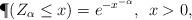
LaTeX: \begin{align*}\P(Z_\alpha \leq x)=e^{-x^{-\alpha}},\;\,x > 0, \end{align*}